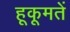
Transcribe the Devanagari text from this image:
हूकूमतें